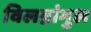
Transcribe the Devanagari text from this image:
विलग्नांगुल